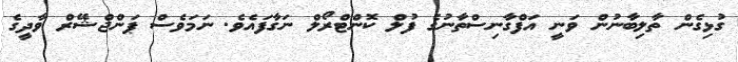
ގުޅިގެން ތާލިބާނުން ވަނީ އަފްގާނިސްތާނުގެ ފުލް ކޮންޓްރޯލް ނަގާފައެވެ. ނަމަވެސް ޕަންޖްޝޭރް ވާދީގެ